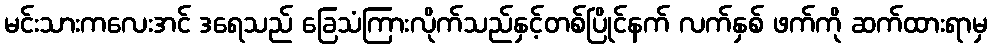
မင်းသားကလေးအင် ဒရေသည် ခြေသံကြားလိုက်သည်နှင့်တစ်ပြိုင်နက် လက်နှစ် ဖက်ကို ဆက်ထားရာမှ